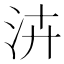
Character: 泋